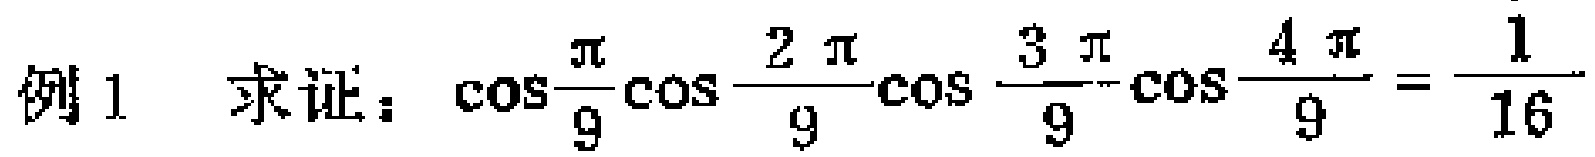
例1 求证：\(\cos\frac{\pi}{9}\cos\frac{2\pi}{9}\cos\frac{3\pi}{9}\cos\frac{4\pi}{9}=\frac{1}{16}\)